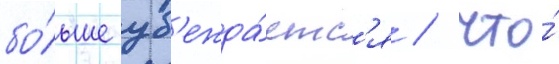
бо́льше уб'ежда́етс'я / что́